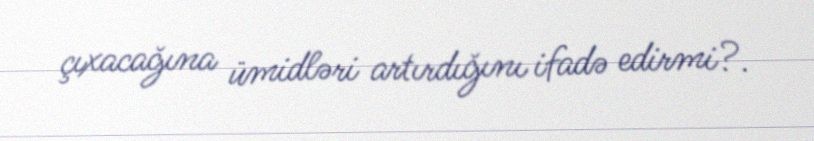
çıxacağına ümidləri artırdığını ifadə edirmi?.